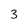
Character: 3